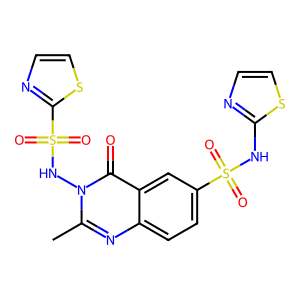
SMILES: Cc1nc2ccc(S(=O)(=O)Nc3nccs3)cc2c(=O)n1NS(=O)(=O)c1nccs1
Inhibits HIV replication: No